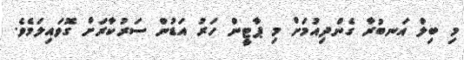
މި ބިލް އަނބުރާ ގެންދިއުމަށް މި ޕާޓީން ހަރު އަޑުން ސަރުކާރަށް ގޮވައިލަމެވެ.